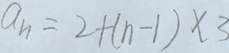
a _ { n } = 2 + ( n - 1 ) \times 3